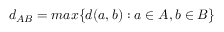
d _ { A B } = m a x \{ d ( a , b ) : a \in A , b \in B \}